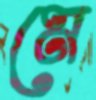
মে